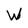
Character: W